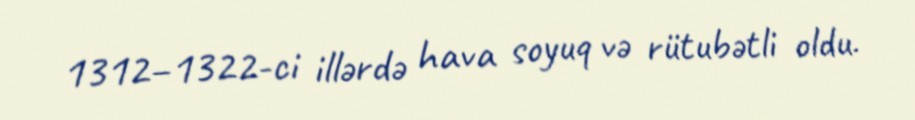
1312–1322-ci illərdə hava soyuq və rütubətli oldu.